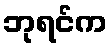
ဘုရင်က